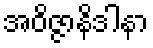
အဝိဇ္ဇာနိဒါနာ